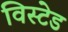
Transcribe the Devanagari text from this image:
विस्टेड